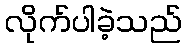
လိုက်ပါခဲ့သည်